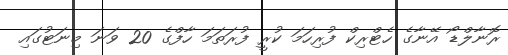
ރޮނާލްޑޯ އޭނާގެ ހެޓްރިކް ފުރިހަމަ ކުރީ ފުރަތަމަ ހާފްގެ 20 ވަނަ މިނަޓުގައި